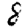
Digit: 8